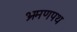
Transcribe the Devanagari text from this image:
भ्रमणपथ